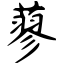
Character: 蓼